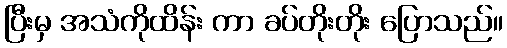
ပြီးမှ အသံကိုထိန်း ကာ ခပ်တိုးတိုး ပြောသည်။